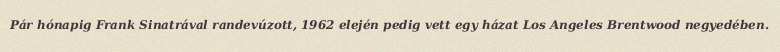
Pár hónapig Frank Sinatrával randevúzott, 1962 elején pedig vett egy házat Los Angeles Brentwood negyedében.